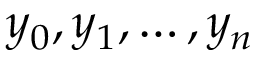
y _ { 0 } , y _ { 1 } , \dotsc , y _ { n }